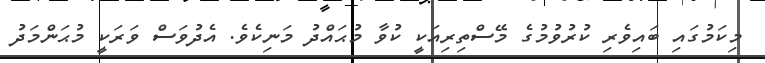
މިކަމުގައި ބައިވެރި ކުރުވުމުގެ މޭސްތިރިއަކީ ކުވާ މުޙައްދު މަނިކެވެ. އެދުވަސް ވަރަކީ މުޙަންމަދު